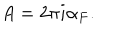
LaTeX: A = 2 \pi i \alpha _ { F } .